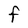
Character: F